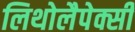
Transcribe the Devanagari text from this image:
लिथोलैपेक्सी